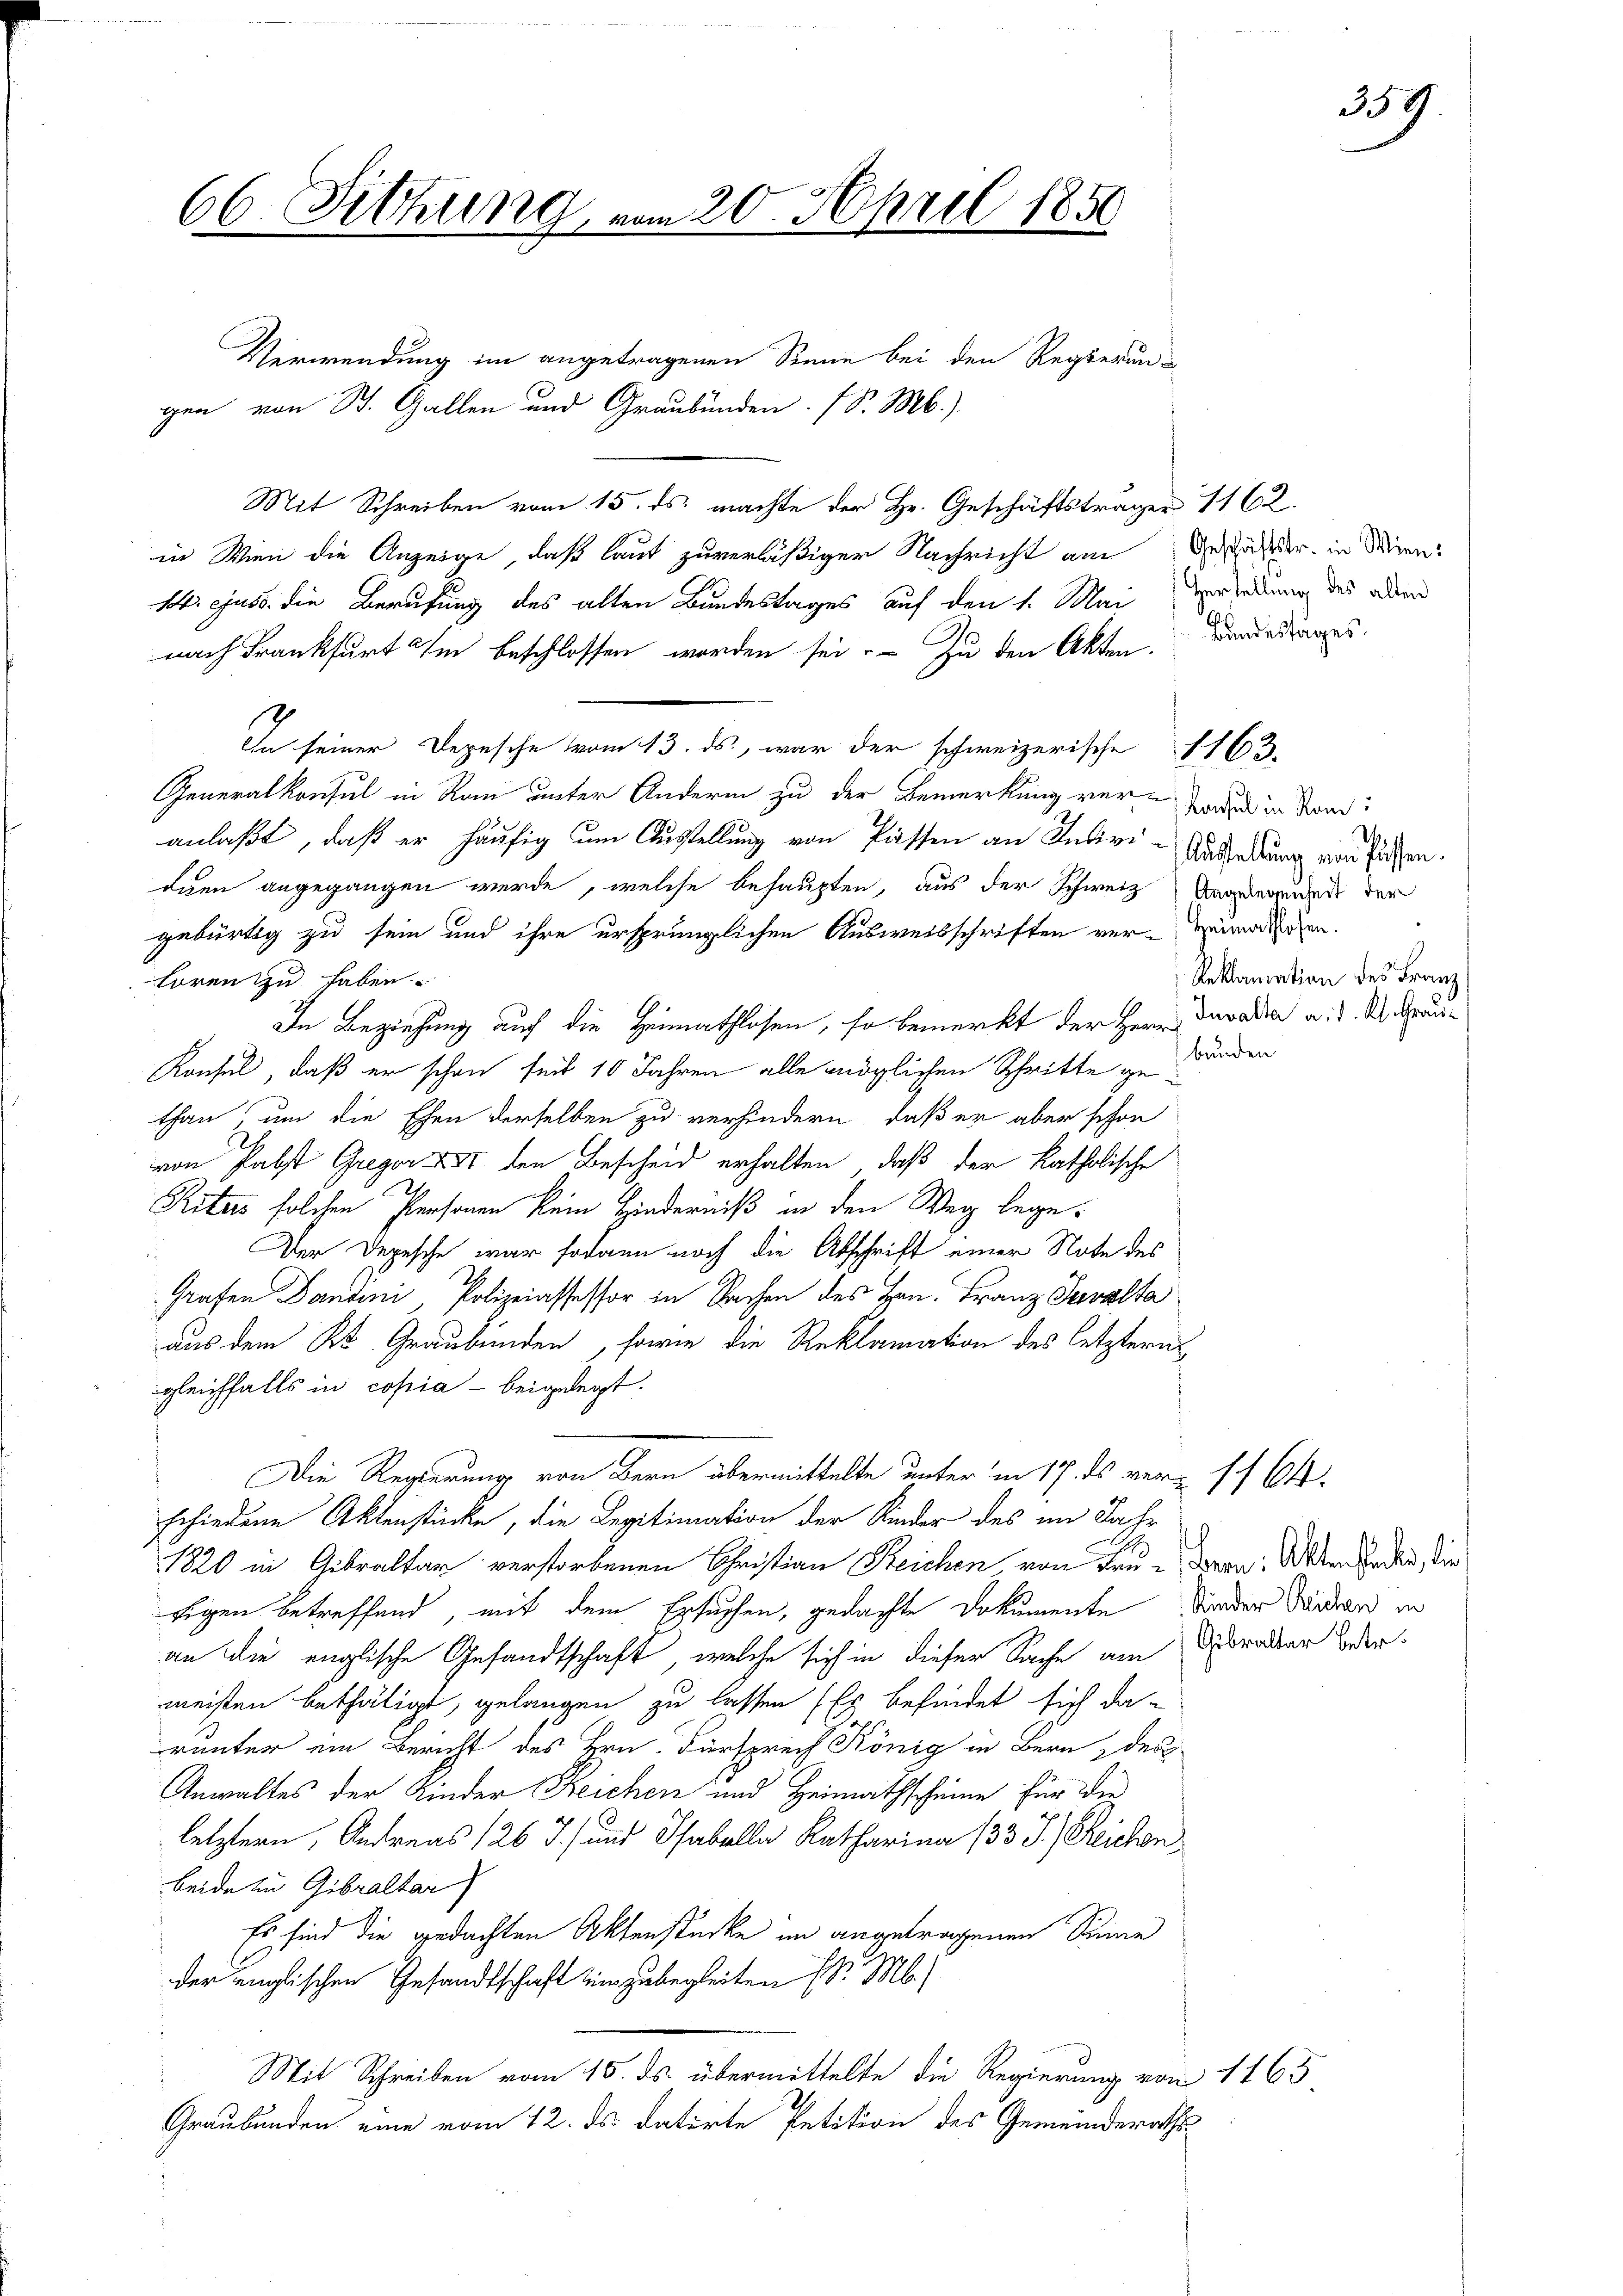
66. Sitzung,

27

20. April 1850

Verwendung im angetragenen Sinne bei den Regierung
gen von St. Gallen und Graubünden. (S. M.)
Mit Schreiben vom 15. ds. machte der Hr. Geschäftsträger 1162.
in Wien die Anzeige, daß laut zuverläßiger Nachricht am
14. ejuss die Berufung des alten Bundestages auf den 1. Mai
nach Frankfurt im beschlossen worden sei. Zu den Akten. Bindestages
In seiner Depesche vom 13. ds., war der schweizerische 1163.
Generalkonsul in Rau unter Andern zu der Bemerkung ver- oder in Som
anlaßt, daß er häufig um Ausstellung von Passen an Indivi- Anderdung von sehen.
ogen angegangen werde, welche behaupten, aus der Schweiz, Anderenden der
gebürtig zu sein und ihre ursprünglichen Ausweisschriften ver-Vermachen.
hören zu haben.
In Beziehung auf die Heimathlosen, so bemerkt der Herrn Davadia a. d. d. Grau¬
Konsel, daß er schon seit 10 Jahren alle möglichen Schritte gewänden
than, um die Ehen derselben zu verhindern, daß er aber schon
von Pabst Gregor XII den Bescheid erhalten, daß der katholische
Ritus solchen Personen kein Hinderniß in den Weg lege.
Der Depesche war sodann noch die Abschrift einer Note des
u
Grafen Dantini Polizeiassessor in Sachen des Hrn. Franz Javalta
aus dem K. Graubünden, sowie die Reklamation des letzteres
gleichfalls in copia - beigelegt.
Die Regierung von Bern übermittelte unter in 17. ds verst 64.
schiedene Aktenstücke, die Legitimation der Kinder des im Jahr
1820 in Gibraltar verstorbenen Christian Reichen, von Frue daran. Allen Baden, die
Eigen betreffend, mit dem Ersuchen, gedachte Dokumente Wider Seider in
an die englische Gesandtschaft, welche sich in dieser Sache am Grader odermeisten bethätigt, gelangen zu lassen (Er befindet sich da-
runter ein Bericht des Hrn. Fürsprech König in Bern, des
Anwaltes der Kinder Reichen und Heimathscheine für die
letztern, Andreas 126 J. und Tabella Katharina (33 J.) Reichen
beide in Gibraltar
Es sind die gedachten Aktenstücke im angetragenen Sinne
der englischen Gesandtschaft einzubegleiten d. M.)
Mit Schreiben vom 15. ds. übermittelte die Regierung von 1165
Graubünden eine vom 12. ds. datirte Petition des Gemeinderaths

Geschäftstr. in Wien:
Hertellung des alten

Reklamation des Franz

d

259